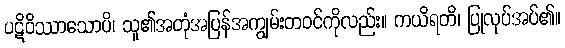
ပဋိဝိဿာသောပိ၊ သူ၏အတုံအပြန်အကျွမ်းတဝင်ကိုလည်း။ ကယိရတိ၊ ပြုလုပ်အပ်၏။